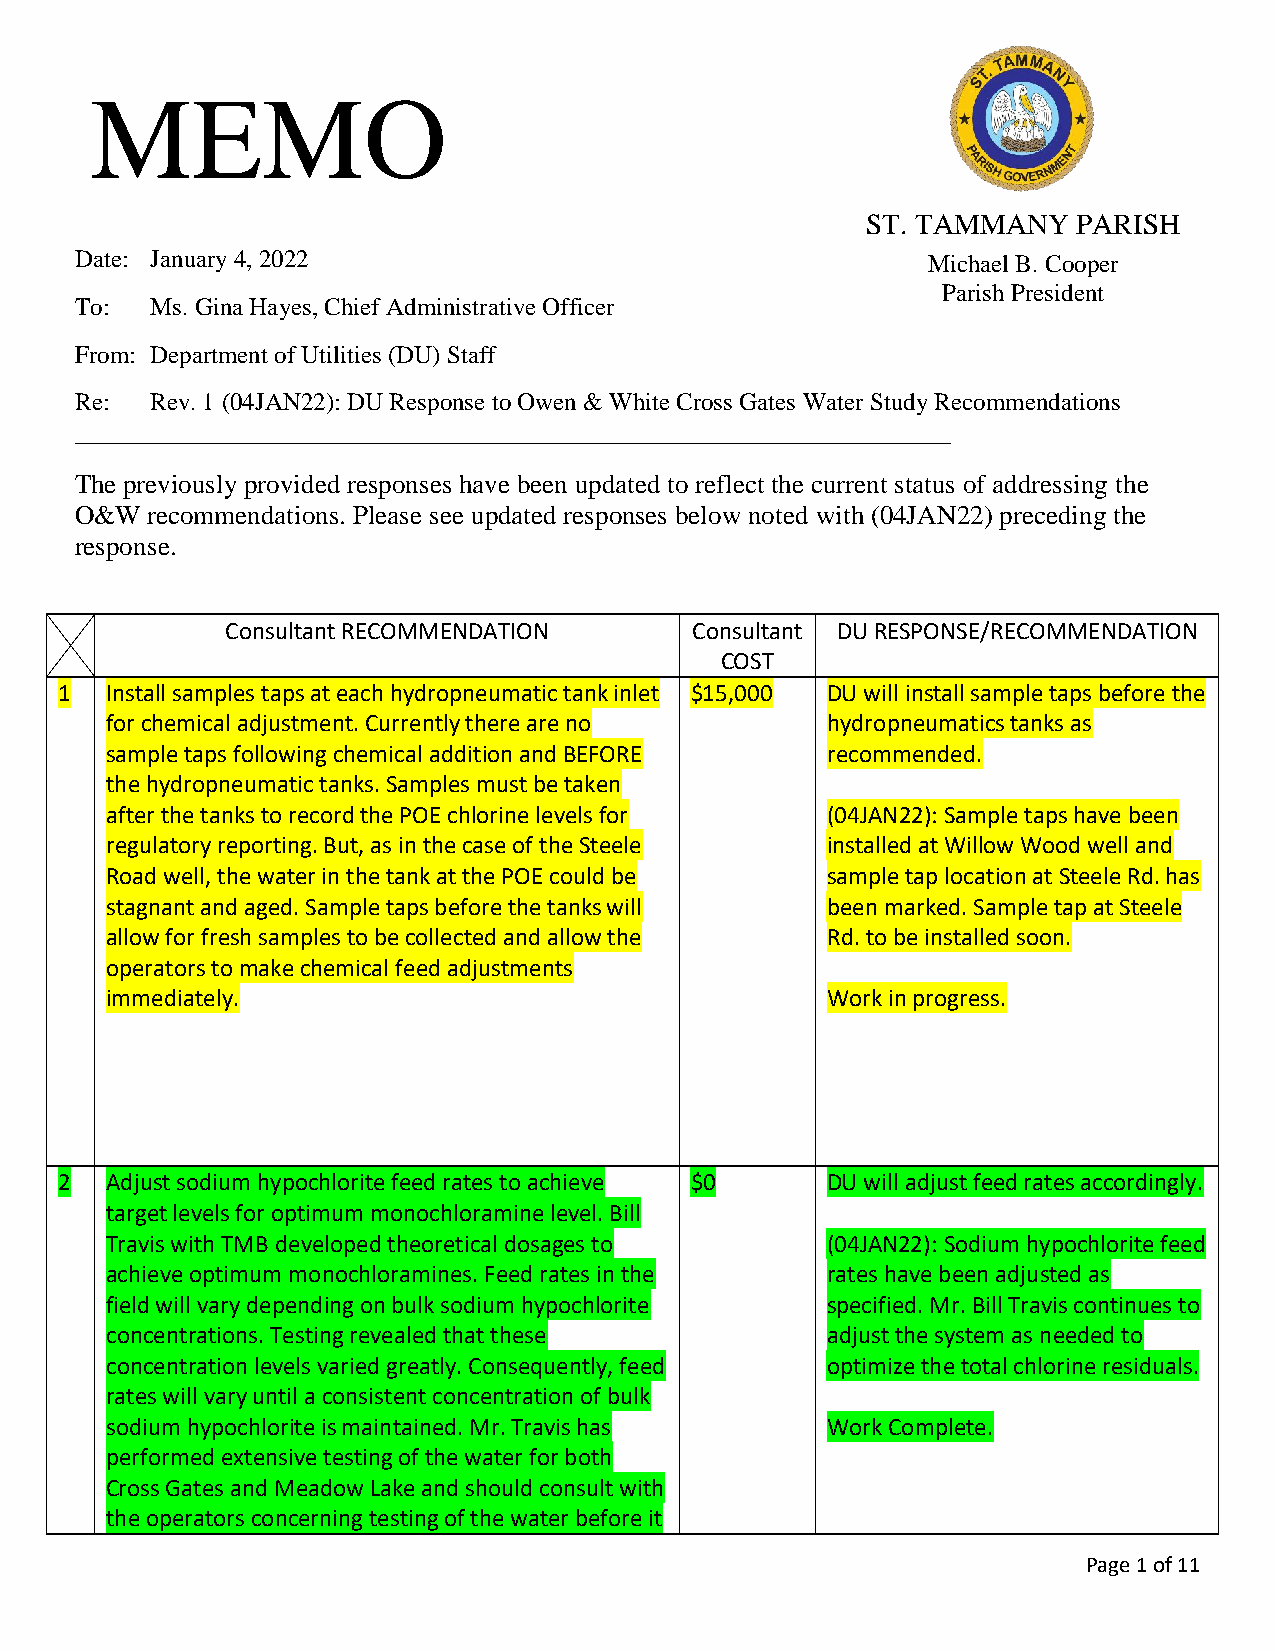
MEMO
 ST. TAMMANY   PARISH
 Date: January 4, 2022                                   Michael B. Cooper
 Parish President
 To:  Ms. Gina Hayes, Chief Administrative Officer
 From: Department of Utilities (DU) Staff
 Re:  Rev. 1 (04JAN22): DU Response to Owen & White Cross Gates Water Study Recommendations
 ______________________________________________________________________
 The previously provided responses have been updated to reflect the current status of addressing the
 O&W  recommendations. Please see updated responses below noted with (04JAN22) preceding the
 response.
 Consultant RECOMMENDATION      Consultant DU RESPONSE/RECOMMENDATION
 COST
 1  Install samples taps at each hydropneumatic tank inlet $15,000 DU will install sample taps before the
 for chemical adjustment. Currently there are no hydropneumatics tanks as
 sample taps following chemical addition and BEFORE recommended.
 the hydropneumatic tanks. Samples must be taken
 after the tanks to record the POE chlorine levels for (04JAN22): Sample taps have been
 regulatory reporting. But, as in the case of the Steele installed at Willow Wood well and
 Road well, the water in the tank at the POE could be sample tap location at Steele Rd. has
 stagnant and aged. Sample taps before the tanks will been marked. Sample tap at Steele
 allow for fresh samples to be collected and allow the Rd. to be installed soon.
 operators to make chemical feed adjustments
 immediately.                                    Work in progress.
 2  Adjust sodium hypochlorite feed rates to achieve $0 DU will adjust feed rates accordingly.
 target levels for optimum monochloramine level. Bill
 Travis with TMB developed theoretical dosages to (04JAN22): Sodium hypochlorite feed
 achieve optimum monochloramines. Feed rates in the rates have been adjusted as
 field will vary depending on bulk sodium hypochlorite specified. Mr. Bill Travis continues to
 concentrations. Testing revealed that these     adjust the system as needed to
 concentration levels varied greatly. Consequently, feed optimize the total chlorine residuals.
 rates will vary until a consistent concentration of bulk
 sodium hypochlorite is maintained. Mr. Travis has Work Complete.
 performed extensive testing of the water for both
 Cross Gates and Meadow Lake and should consult with
 the operators concerning testing of the water before it
 Page 1 of 11